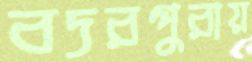
বদরপুরায়